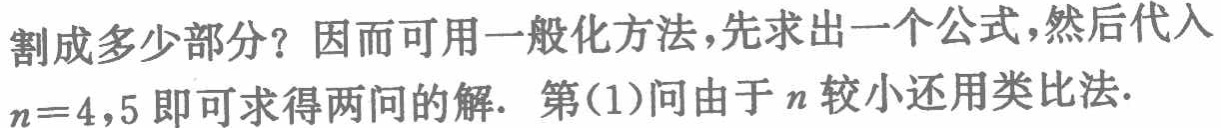
割成多少部分？因而可用一般化方法，先求出一个公式，然后代入$n = 4,5$即可求得两问的解. 第(1)问由于$n$较小还用类比法.